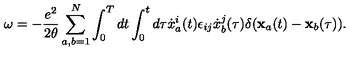
\omega = - { \frac { e ^ { 2 } } { 2 \theta } } \sum _ { a , b = 1 } ^ { N } \int _ { 0 } ^ { T } d t \int _ { 0 } ^ { t } d \tau { \dot { x } } _ { a } ^ { i } ( t ) \epsilon _ { i j } { \dot { x } } _ { b } ^ { j } ( \tau ) \delta ( { \bf x } _ { a } ( t ) - { \bf x } _ { b } ( \tau ) ) .